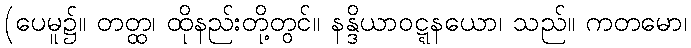
(ပေမူ၌။ တတ္ထ၊ ထိုနည်းတို့တွင်။ နန္ဒိယာဝဋ္ဋနယော၊ သည်။ ကတမော၊